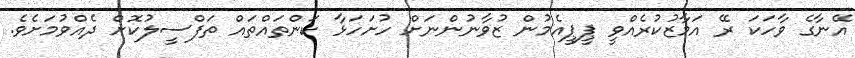
އޭނާގެ ވާހަކަ ރޭ އަމާޒުކުރެއްވީ ޕީޕީއެމުން ޒުވާނުންނަށް ހުށަހަޅާ ކަންތައްތައް ތަފްސީލުކޮށް ދެއްވުމަށެވެ.